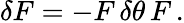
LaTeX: \delta F=-F\, \delta\theta\, F\, .